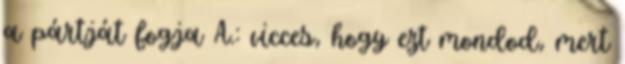
a pártját fogja A.: vicces, hogy ezt mondod, mert